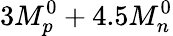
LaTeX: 3M_{p}^{0}+4.5M_{n}^{0}